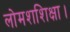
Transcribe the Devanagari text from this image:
लोमशशिक्षा।